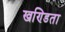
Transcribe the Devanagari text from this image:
खण्डिता